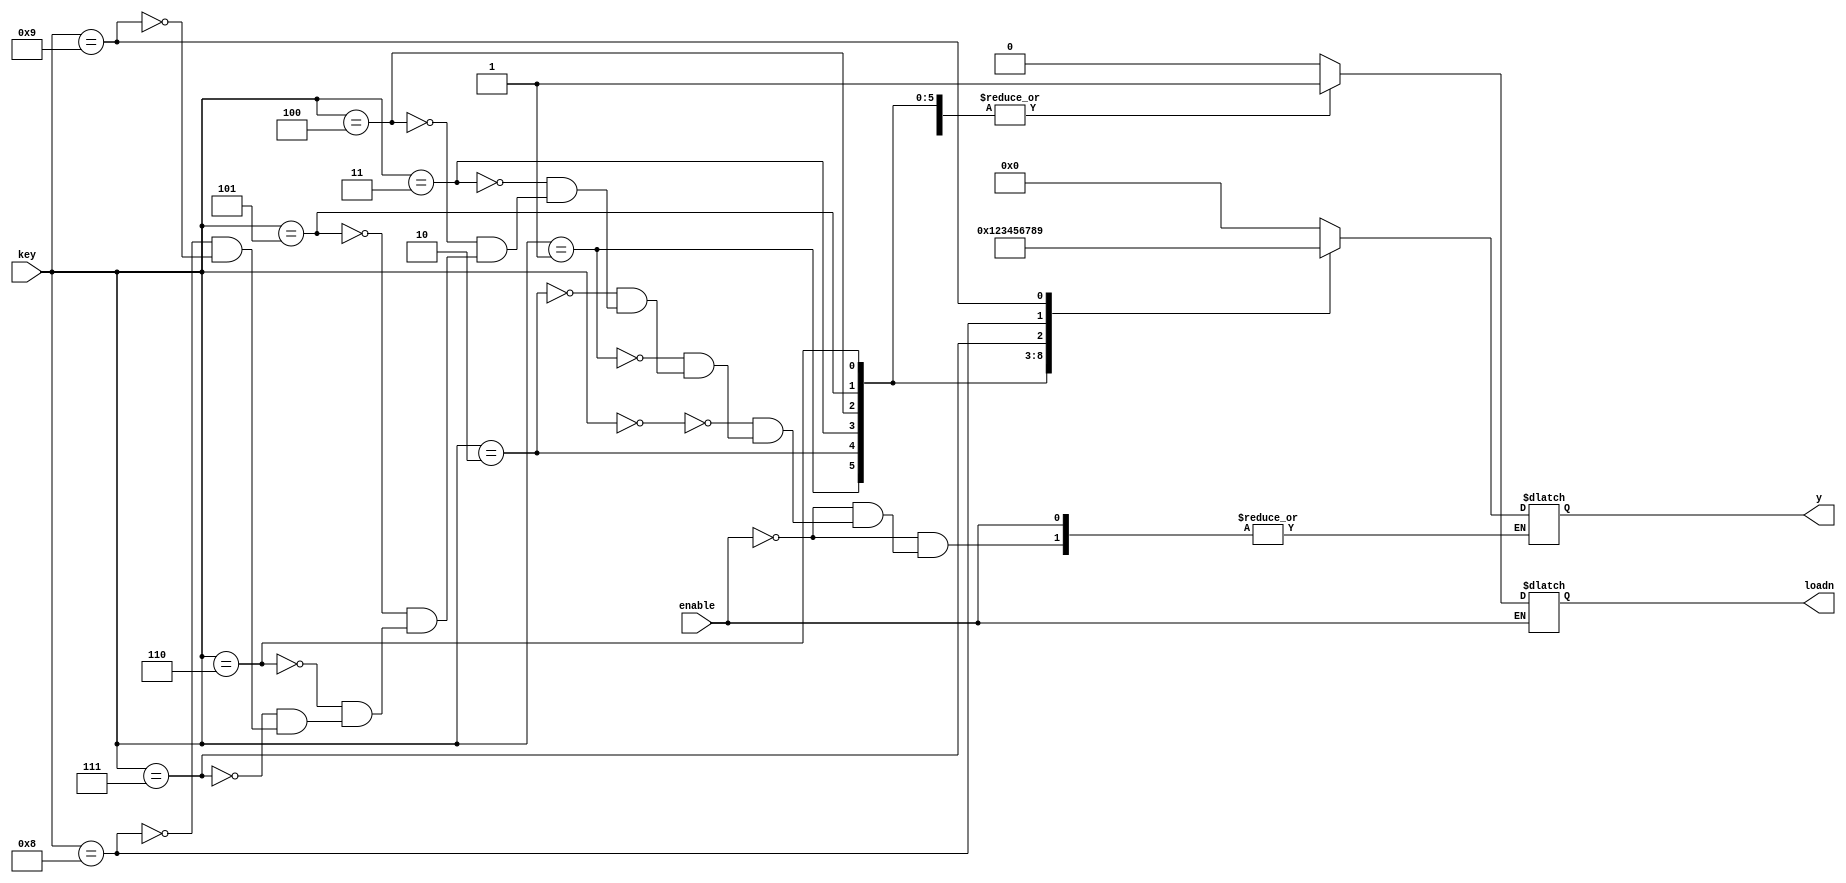
module decimaltobcd(input [9:0] key,
                    input enable,
                    output reg [3:0] y,
                    output reg loadn);
    
    initial begin //iniciar o 'dado valido = loadn' =  a '0'.
    loadn <=0;
    end
    // sempre que estiver pressionando a chave do keypad o loadn vai pra '1'
    always @ (key)
        begin
            
            if(!enable)begin
                loadn<=1;
            case(key)
                4'd0:y=4'b0000;
                4'd1:y=4'b0001;
                4'd2:y=4'b0010;
                4'd3:y=4'b0011;
                4'd4:y=4'b0100;
                4'd5:y=4'b0101;
                4'd6:y=4'b0110;
                4'd7:y=4'b0111;
                4'd8:y=4'b1000;
                4'd9:y=4'b1001;
    
                    default: begin
                        
                        loadn<=0;
                    end
                endcase
            end
        end
endmodule